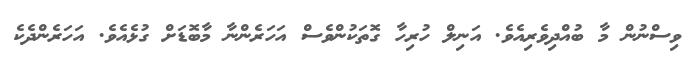
ވިސްނުން މާ ބުއްދިވެރިއެވެ. އަނިލް ހުރިހާ ގޮތަކުންވެސް އަހަރެންނާ މާބޮޑަށް ގުޅެއެވެ. އަހަރެންދެކެ